Document type: Grant
Year: 1445
Scribe: Antoni Gomar
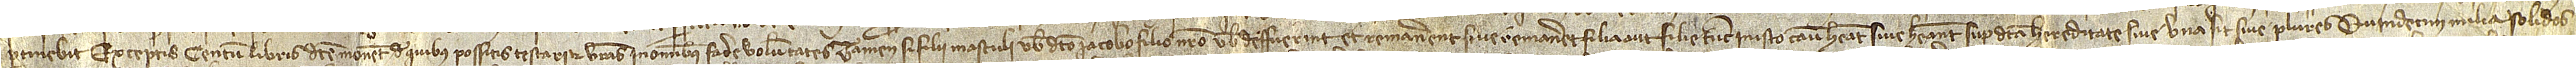
pertinebit, exceptis centum libris dicte monete, de quibus possitis testari et vestras in omnibus facere voluntates. Tamen si filii masculi vobis dicto Iacobo, filo nostro, vobis deffuerint et remanerent sive remaneret filia aut filie, tunc in isto casu habeat sive habeant supradicta hereditate, sive una sit sive plures, quindecim milia solidos